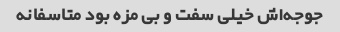
جوجه‌اش خیلی سفت و بی مزه بود متاسفانه